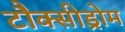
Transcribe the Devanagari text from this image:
टौक्सीड्रोम